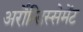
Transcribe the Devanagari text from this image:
अर्रोन्डिस्सेमेंट